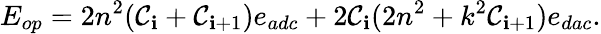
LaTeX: E_{op}=2n^{2}(\mathcal{C}_{\mathbf{i}}+\mathcal{C}_{\mathbf{i}+1})e_{adc}+2\mathcal{C}_{\mathbf{i}}(2n^{2}+k^{2}\mathcal{C}_{\mathbf{i}+1})e_{dac}.